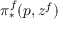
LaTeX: \pi _ { * } ^ { f } ( p , z ^ { f } )